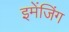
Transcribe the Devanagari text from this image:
इमेंजिंग